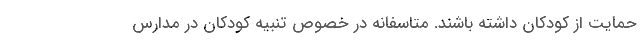
حمایت از کودکان داشته باشند. متاسفانه در خصوص تنبیه کودکان در مدارس